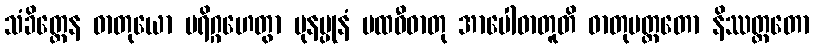
သံခိတ္တေန ဓာတုယော ပရိဂ္ဂဟေတွာ ပုနပ္ပုနံ ပထဝီဓာတု အာပေါဓာတူတိ ဓာတုမတ္တတော နိဿတ္တတော